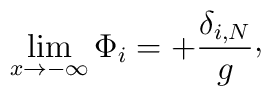
\lim _{x\rightarrow -\infty} \Phi_{i} = + {\delta_{i,N}\over g}\raise 2pt\hbox{,}